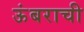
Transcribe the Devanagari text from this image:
ऊंबराची